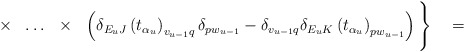
\begin{align*}\times\ \ \ldots\ \ \times\ \ \left(\delta_{E_uJ}\left(t_{\alpha_u}\right)_{v_{u-1}q}\delta_{pw_{u-1}}-\delta_{v_{u-1}q}\delta_{E_uK}\left(t_{\alpha_u}\right)_{pw_{u-1}}\right)\Bigg\}\quad=\end{align*}